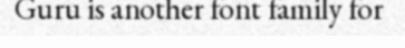
Guru is another font family for